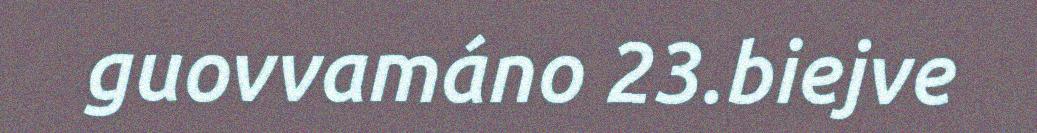
guovvamáno 23.biejve